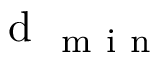
\mathrm { ~ d ~ } _ { \mathrm { ~ m ~ i ~ n ~ } }